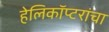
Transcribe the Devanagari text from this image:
हेलिकॉप्टरांचा